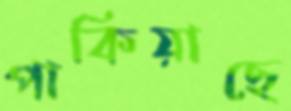
পাকিয়াছে